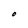
Character: O